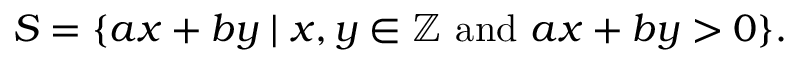
S = \{ a x + b y \mid x , y \in \mathbb { Z } { \mathrm { ~ a n d ~ } } a x + b y > 0 \} .